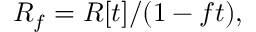
R _ { f } = R [ t ] / ( 1 - f t ) ,